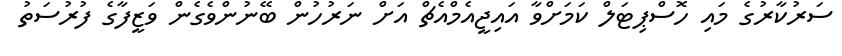
ސަރުކާރުގެ މައި ހޮސްޕިޓަލް ކަމަށްވާ އައިޖީއެމްއެޗް އަށް ނަރުހުން ބޭނުންވެގެން ވަޒީފާގެ ފުރުސަތު